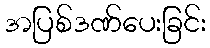
အပြစ်ဒဏ်ပေးခြင်း